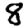
Digit: 8